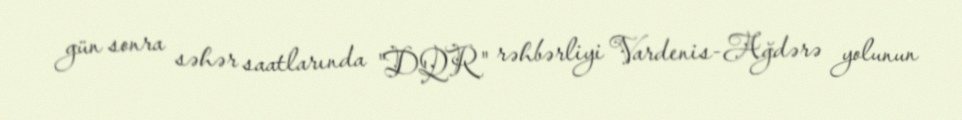
gün sonra səhər saatlarında "DQR" rəhbərliyi Vardenis-Ağdərə yolunun